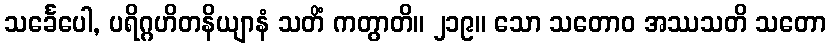
သင်္ခေပေါ, ပရိဂ္ဂဟိတနိယျာနံ သတိံ ကတွာတိ။ ၂၁၉။ သော သတောဝ အဿသတိ သတော